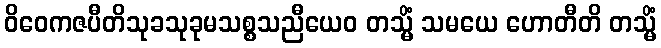
ဝိဝေကဇပီတိသုခသုခုမသစ္စသညီယေဝ တသ္မိံ သမယေ ဟောတီတိ တသ္မိံ